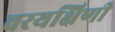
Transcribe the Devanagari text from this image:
वरयक्षिणी